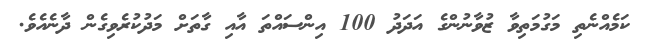
ކަމެއްނެތި މަގުމަތިވާ ޒުވާނުންގެ އަދަދު 100 އިންސައްތަ އާއި ގާތަށް މަދުކުރެވިގެން ދާނެއެވެ.